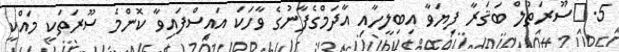
5.	ސޫރަތުލް ބަޤަރާ ފިޔަވާ އިބިލީހާއި އާދަމްގެފާނުގެ ވާހަކަ އައިސްފައިވާ ކޮންމެ ސޫރަތަކީ މައްކީ